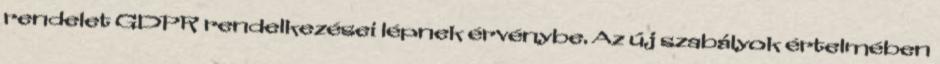
rendelet GDPR rendelkezései lépnek érvénybe. Az új szabályok értelmében